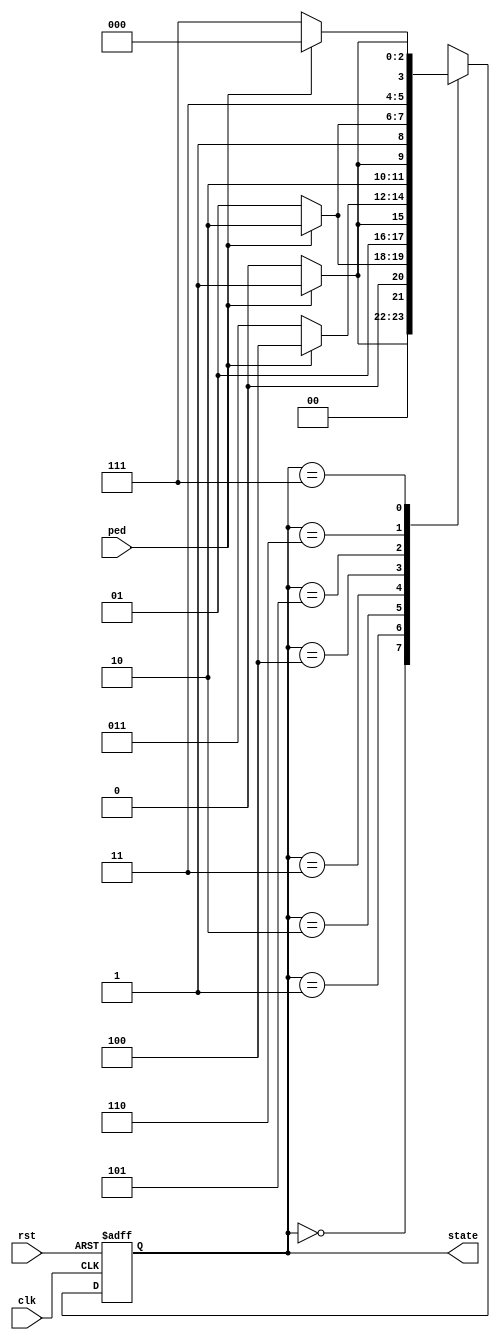
// Project 6 - Sequencer
// Justin Maeder
// CECS 201
// 11/26/17

`timescale 1ns / 1ps

module sequencer(clk, rst, ped, state);

input clk, rst, ped;
output [2:0] state;

reg [2:0] state, next_state;

always @(posedge clk, posedge rst)
	if (rst) state <= 3'b0;
	else	 state <= next_state;

always@(*)
	begin
	next_state = state;

	case(state)
	3'b000 : next_state = (ped) ? 3'b001 : 3'b000;
	3'b001 : next_state = (ped) ? 3'b010 : 3'b001;
	3'b010 : next_state = (ped) ? 3'b011 : 3'b010;
	3'b011 : next_state = (ped) ? 3'b100 : 3'b011;
	3'b100 : next_state = (ped) ? 3'b101 : 3'b100;
	3'b101 : next_state = (ped) ? 3'b110 : 3'b101;
	3'b110 : next_state = (ped) ? 3'b111 : 3'b110;
	3'b111 : next_state = (ped) ? 3'b000 : 3'b111;
	endcase
end

endmodule